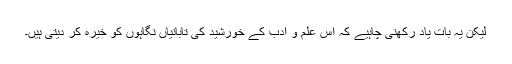
لیکن یہ بات یاد رکھنی چاہیے کہ اس علم و ادب کے خورشید کی تابانیاں نگاہوں کو خیرہ کر دیتی ہیں۔